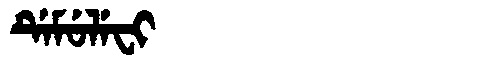
Manchu: ᡩᡝᠮᡠᠯᡝᠸᡳ
Romanization: DEMULEFI